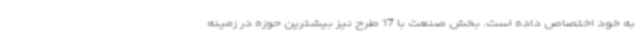
به خود اختصاص داده است. بخش صنعت با 17 طرح نیز بیشترین حوزه در زمینه